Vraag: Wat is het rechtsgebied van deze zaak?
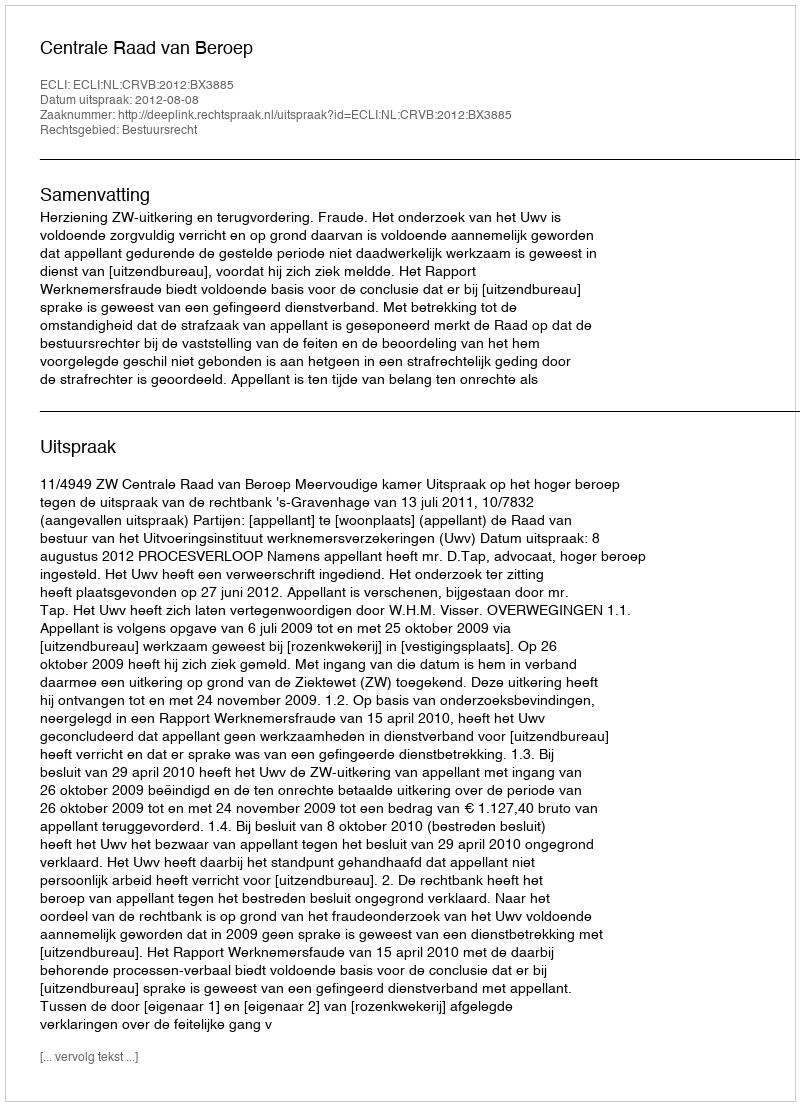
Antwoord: Bestuursrecht